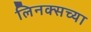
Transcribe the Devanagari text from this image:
लिनक्सच्या